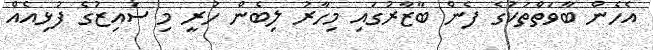
އެހެން ބާވަތްތަކުގެ ފެން ބާޒާރުގައި މިހާރު ލިބެން ހުރީ މި ސައިޒުގެ ފުޅިއެއް